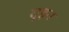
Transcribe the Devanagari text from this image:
यूइन